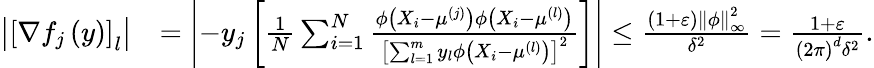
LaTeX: \begin{array}{rl}{\left|\left[\nabla f_{j}\left(y\right)\right]_{l}\right|}&{=\left|-y_{j}\left[\frac{1}{N}\sum_{i=1}^{N}\frac{\phi\left(X_{i}-\mu^{(j)}\right)\phi\left(X_{i}-\mu^{(l)}\right)}{\left[\sum_{l=1}^{m}y_{l}\phi\left(X_{i}-\mu^{(l)}\right)\right]^{2}}\right]\right|\leq\frac{\left(1+\varepsilon\right)\left\Vert\phi\right\Vert_{\infty}^{2}}{\delta^{2}}=\frac{1+\varepsilon}{\left(2\pi\right)^{d}\delta^{2}}.}\end{array}